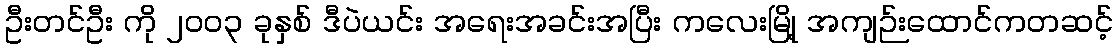
ဦးတင်ဦး ကို ၂၀၀၃ ခုနှစ် ဒီပဲယင်း အရေးအခင်းအပြီး ကလေးမြို့ အကျဉ်းထောင်ကတဆင့်